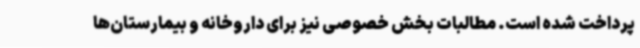
پرداخت شده است. مطالبات بخش خصوصی نیز برای داروخانه و بیمارستان‌ها